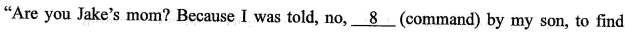
"Are you Jake's mom?Because I was told, no,\underline{8}(command) by my son, to find